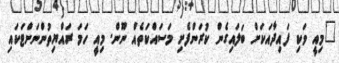
"މިއީ ވަކި ފައިދާއަކަށް ބަލައިގެން ކުރަންފެށި މަސައްކަތެއް ނޫން. މިއީ ހަމަ ރައްޔިތުންނަށްޓަކައި